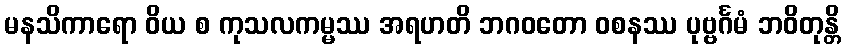
မနသိကာရော ဝိယ စ ကုသလကမ္မဿ အရဟတိ ဘဂဝတော ဝစနဿ ပုဗ္ဗင်္ဂမံ ဘဝိတုန္တိ